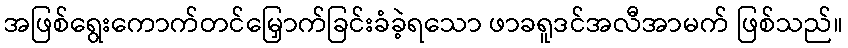
အဖြစ်ရွေးကောက်တင်မြှောက်ခြင်းခံခဲ့ရသော ဖာခရူဒင်အလီအာမက် ဖြစ်သည်။